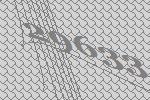
29633